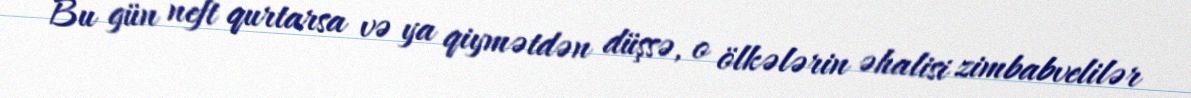
Bu gün neft qurtarsa və ya qiymətdən düşsə, o ölkələrin əhalisi zimbabvelilər